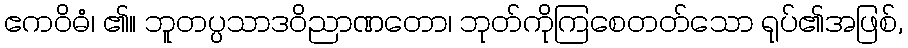
ဧကဝိဓံ၊ ၏။ ဘူတပ္ပသာဒဝိညာဏတော၊ ဘုတ်ကိုကြစေတတ်သော ရုပ်၏အဖြစ်,